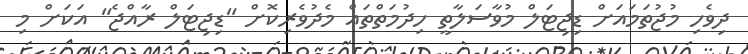
ދިވެހި މުޖުތަމައަށް ޑިޖިޓަލް މުވާސަލާތީ ހިދުމަތްތައް މެދުވެރިކޮށް "ޑިޖިޓަލް ރާއްޖެ" އަކަށް މި